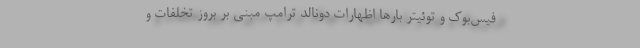
فیس‌بوک و توئیتر بارها اظهارات دونالد ترامپ مبنی بر بروز تخلفات و